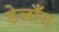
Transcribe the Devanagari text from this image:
डेलाँग